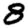
Digit: 8